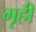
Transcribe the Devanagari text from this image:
गृहीं